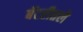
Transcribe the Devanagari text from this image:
बॅटरीतले